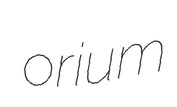
orium